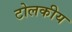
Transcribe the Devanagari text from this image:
टोलकीय